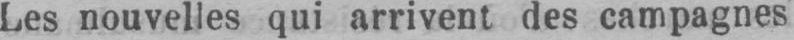
Les nouvelles qui arrivent des campagnes